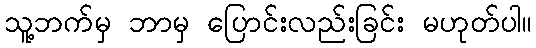
သူ့ဘက်မှ ဘာမှ ပြောင်းလည်းခြင်း မဟုတ်ပါ။